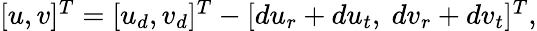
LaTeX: \begin{array}{r}{[u,v]^{T}=[u_{d},v_{d}]^{T}-[du_{r}+du_{t},~dv_{r}+dv_{t}]^{T},}\end{array}